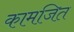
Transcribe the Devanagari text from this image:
कामजित